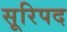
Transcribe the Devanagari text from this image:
सूरिपद